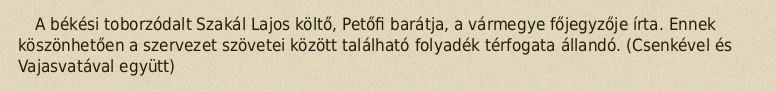
A békési toborzódalt Szakál Lajos költő, Petőfi barátja, a vármegye főjegyzője írta. Ennek köszönhetően a szervezet szövetei között található folyadék térfogata állandó. (Csenkével és Vajasvatával együtt)